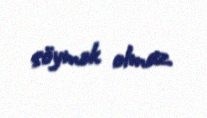
söymək olmaz.